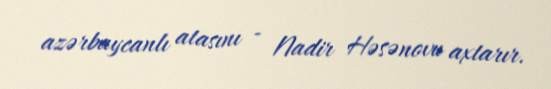
azərbaycanlı atasını - Nadir Həsənovu axtarır.